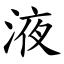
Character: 液